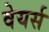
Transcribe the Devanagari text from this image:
वेयर्स